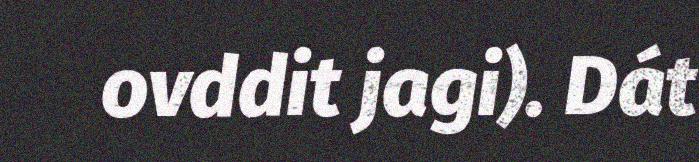
ovddit jagi). Dát